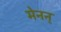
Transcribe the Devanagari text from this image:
मेनन्